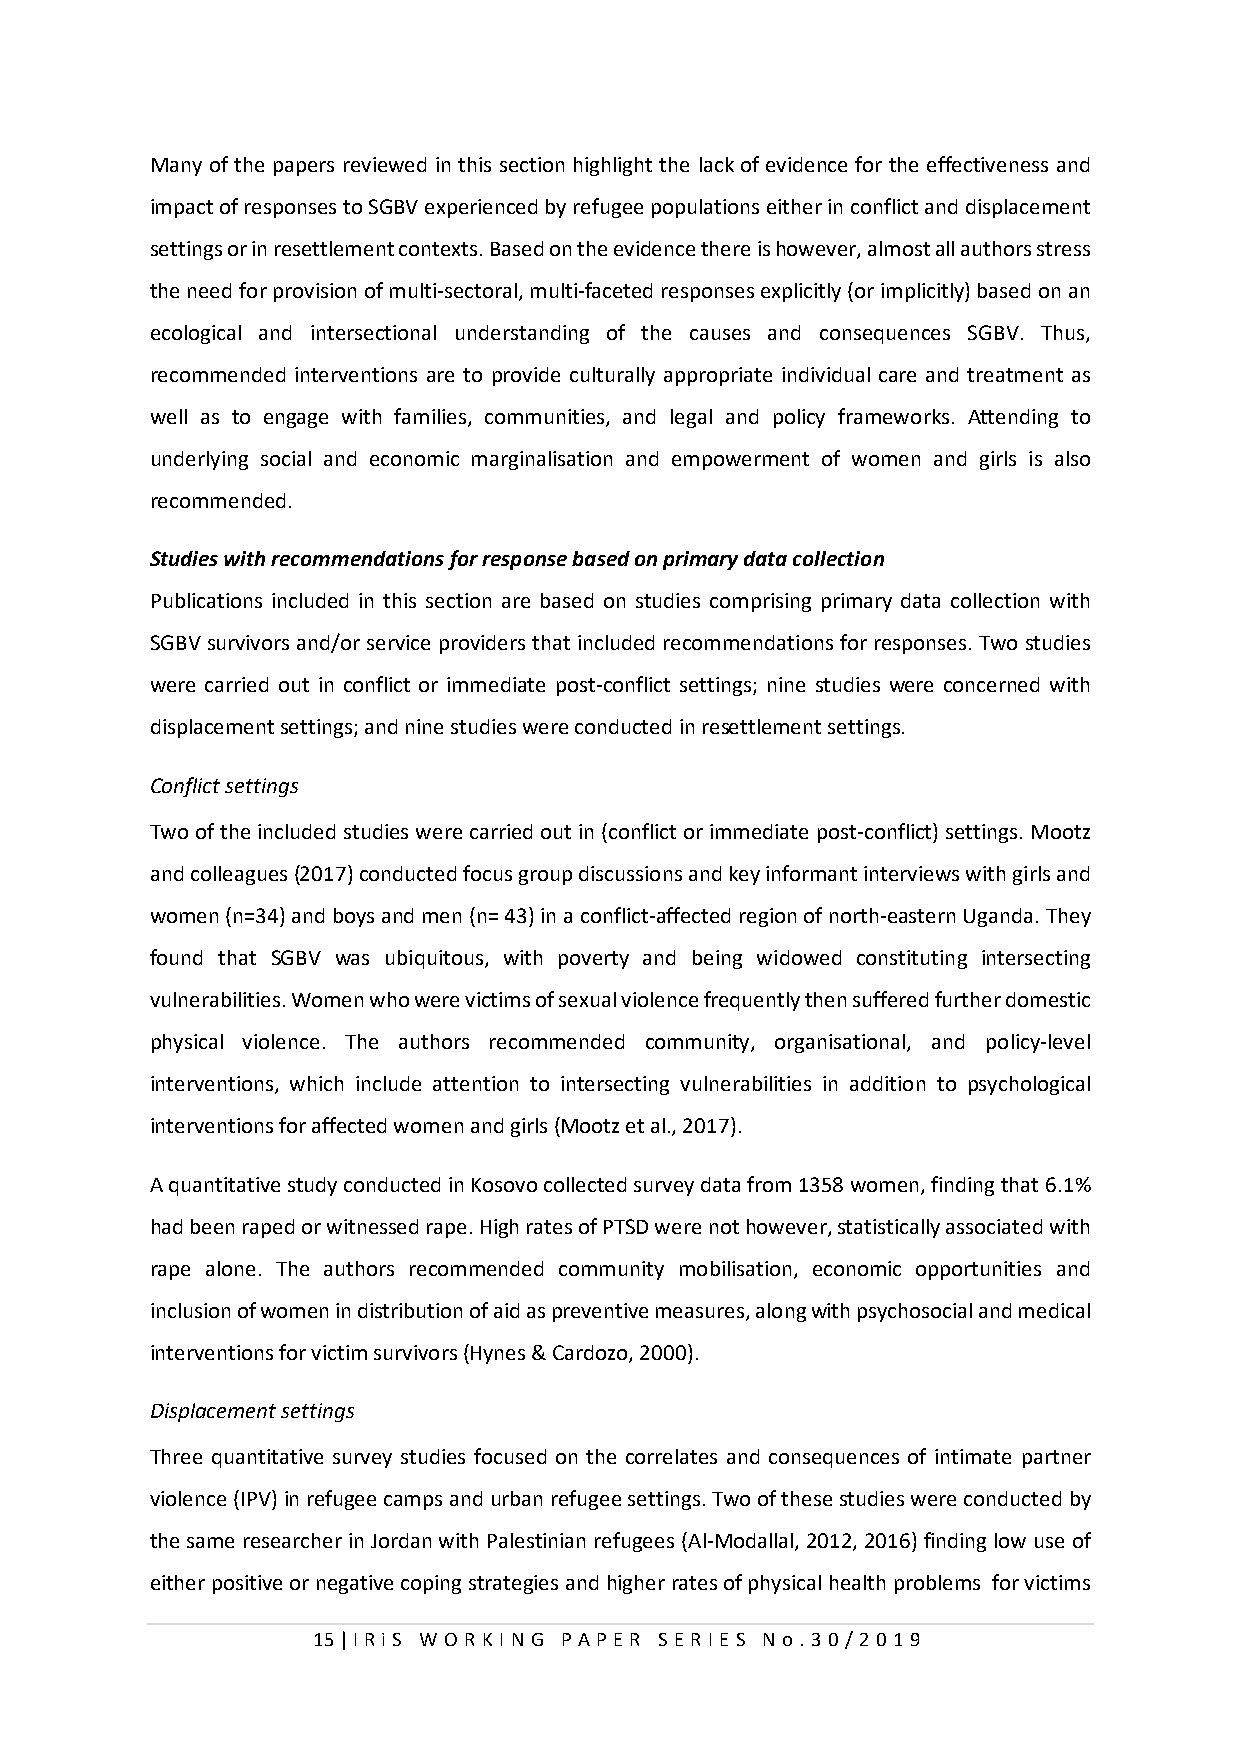
Many of the papers reviewed in this section highlight the lack of evidence for the effectiveness and
 impact of responses to SGBV experienced by refugee populations either in conflict and displacement
 settings or in resettlement contexts. Based on the evidence there is however, almost all authors stress
 the need for provision of multi-sectoral, multi-faceted responses explicitly (or implicitly) based on an
 ecological and intersectional understanding of the causes and consequences SGBV. Thus,
 recommended interventions are to provide culturally appropriate individual care and treatment as
 well as to engage with families, communities, and legal and policy frameworks. Attending to
 underlying social and economic marginalisation and empowerment of women and girls is also
 recommended.
 Studies with recommendations for response based on primary data collection
 Publications included in this section are based on studies comprising primary data collection with
 SGBV survivors and/or service providers that included recommendations for responses. Two studies
 were carried out in conflict or immediate post-conflict settings; nine studies were concerned with
 displacement settings; and nine studies were conducted in resettlement settings.
 Conflict settings
 Two of the included studies were carried out in (conflict or immediate post-conflict) settings. Mootz
 and colleagues (2017) conducted focus group discussions and key informant interviews with girls and
 women (n=34) and boys and men (n= 43) in a conflict-affected region of north-eastern Uganda. They
 found that SGBV was ubiquitous, with poverty and being widowed constituting intersecting
 vulnerabilities. Women who were victims of sexual violence frequently then suffered further domestic
 physical violence. The authors recommended community, organisational, and policy-level
 interventions, which include attention to intersecting vulnerabilities in addition to psychological
 interventions for affected women and girls (Mootz et al., 2017).
 A quantitative study conducted in Kosovo collected survey data from 1358 women, finding that 6.1%
 had been raped or witnessed rape. High rates of PTSD were not however, statistically associated with
 rape alone. The authors recommended community mobilisation, economic opportunities and
 inclusion of women in distribution of aid as preventive measures, along with psychosocial and medical
 interventions for victim survivors (Hynes & Cardozo, 2000).
 Displacement settings
 Three quantitative survey studies focused on the correlates and consequences of intimate partner
 violence (IPV) in refugee camps and urban refugee settings. Two of these studies were conducted by
 the same researcher in Jordan with Palestinian refugees (Al-Modallal, 2012, 2016) finding low use of
 either positive or negative coping strategies and higher rates of physical health problems for victims
 15 | I RiS W O RKI N G P AP E R SE RI E S N o . 30/201 9